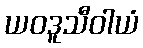
ယဝဒူသီဝါယံ